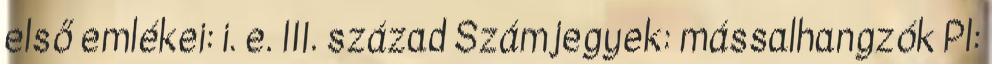
első emlékei: i. e. III. század Számjegyek: mássalhangzók Pl: